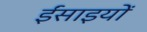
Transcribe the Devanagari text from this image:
ईंसाइयों